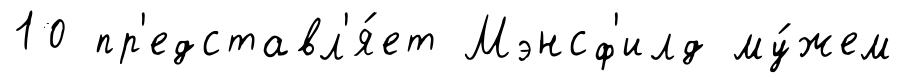
10 пр'едставл'я́ет Мэнсф'илд му́жем